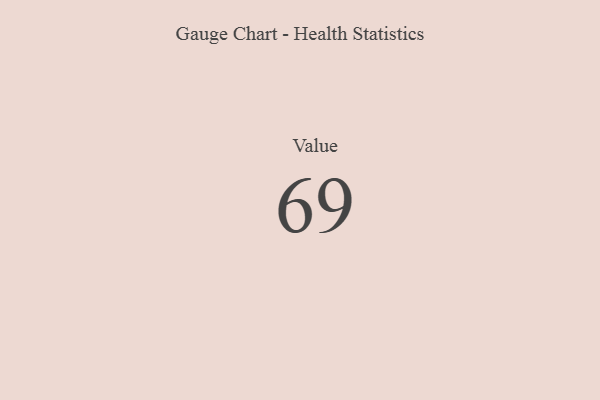
{"axis": {"x": "Metric", "y": "Value"}, "legend": [""], "data": [{"x": "Value", "y": 69, "type": ""}]}